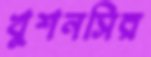
খুশনসির